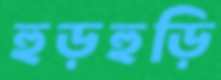
হুড়হুড়ি